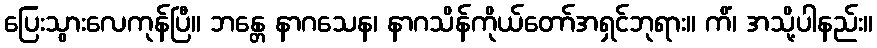
ပြေးသွားလေကုန်ပြီ။ ဘန္တေ နာဂသေန၊ နာဂသိန်ကိုယ်တော်အရှင်ဘုရား။ ကိံ၊ အသို့ပါနည်း။